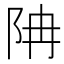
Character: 𨸱